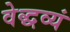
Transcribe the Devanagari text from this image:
वेद्धव्यं